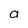
Character: a